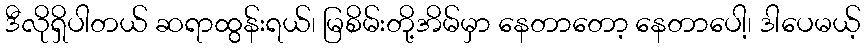
ဒီလိုရှိပါတယ် ဆရာထွန်းရယ်၊ မြစိမ်းတို့အိမ်မှာ နေတာတော့ နေတာပေါ့၊ ဒါပေမယ့်